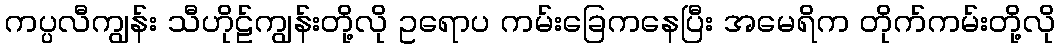
ကပ္ပလီကျွန်း သီဟိုဠ်ကျွန်းတို့လို ဥရောပ ကမ်းခြေကနေပြီး အမေရိက တိုက်ကမ်းတို့လို